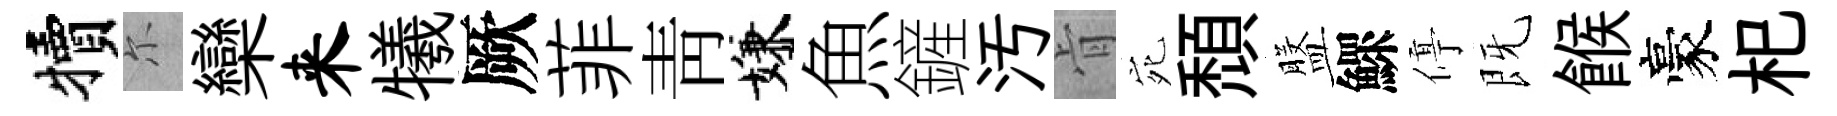
犢尓欒来犧厥菲靑嫌魚鏟汚肻宛頽盤鰥停既餱豪𣏌